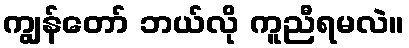
ကျွန်တော် ဘယ်လို ကူညီရမလဲ။